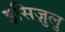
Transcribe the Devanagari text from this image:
इसिज़ुलु